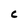
Character: C